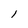
Character: l